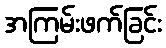
အကြမ်းဖက်ခြင်း